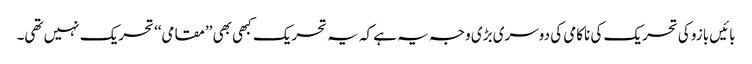
بائیں بازو کی تحریک کی ناکامی کی دوسری بڑی وجہ یہ ہے کہ یہ تحریک کبھی بھی ’’مقامی‘‘ تحریک نہیں تھی۔